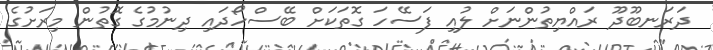
ދަރަނބޫދޫ ރައްޔިތުންނަށް ލުއި ފަސޭހަ ގޮތަކަށް ބޭސްހޯދައި ދިނުމުގެ ގޮތުން މިރަށުގެ